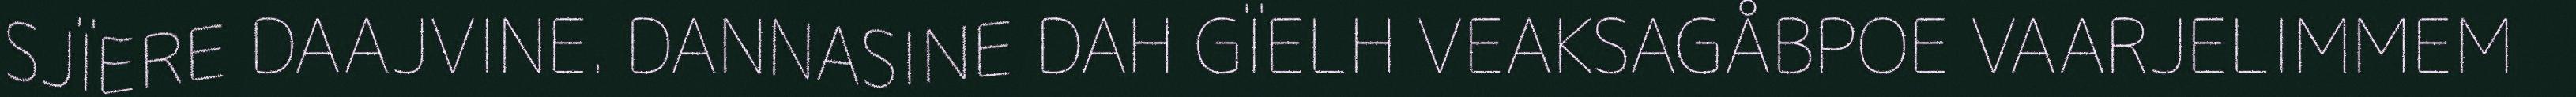
SJÏERE DAAJVINE. DANNASINE DAH GÏELH VEAKSAGÅBPOE VAARJELIMMEM